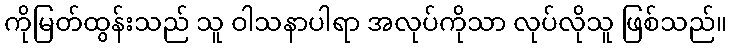
ကိုမြတ်ထွန်းသည် သူ ဝါသနာပါရာ အလုပ်ကိုသာ လုပ်လိုသူ ဖြစ်သည်။